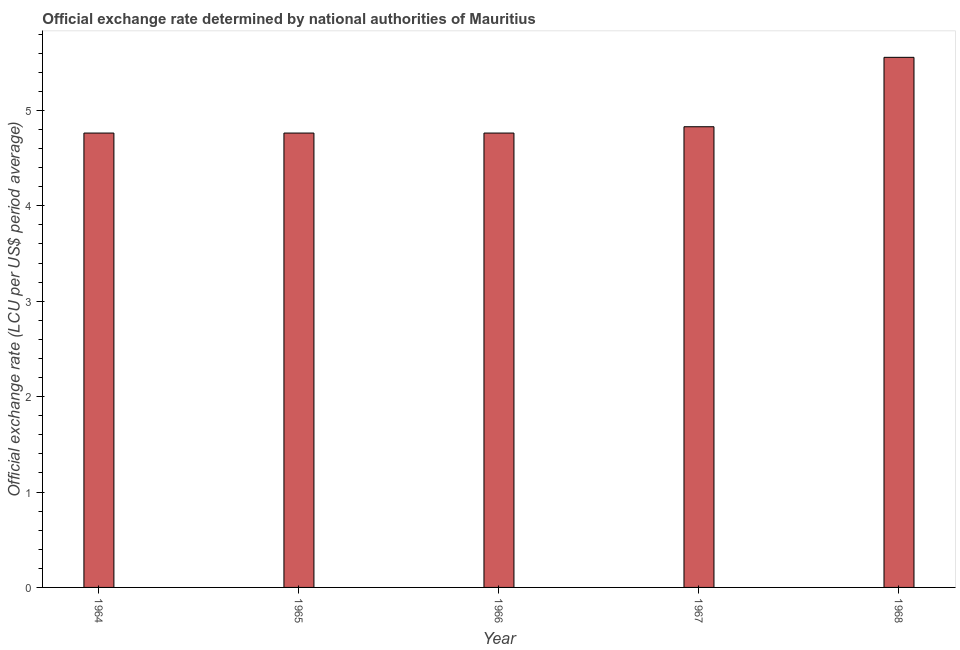
| Year | Official exchange rate |
 | --- | --- |
 | 1964 | 4.76 |
 | 1965 | 4.76 |
 | 1966 | 4.76 |
 | 1967 | 4.83 |
 | 1968 | 5.56 |